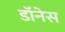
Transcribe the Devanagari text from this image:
डॉनेस